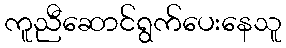
ကူညီဆောင်ရွက်ပေးနေသူ